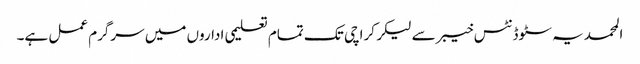
المحمدیہ سٹوڈنٹس خیبر سے لیکر کراچی تک تمام تعلیمی اداروں میں سرگرم عمل ہے۔